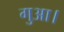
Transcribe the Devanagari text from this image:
गुआ।